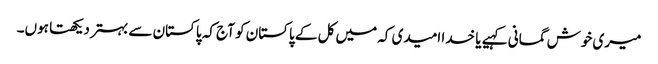
میری خوش گمانی کہیے یا خدا امیدی کہ میں کل کے پاکستان کو آج کہ پاکستان سے بہتر دیکھتا ہوں۔